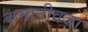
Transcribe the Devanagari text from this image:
कमानीवजा